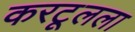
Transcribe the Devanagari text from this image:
करटूलला